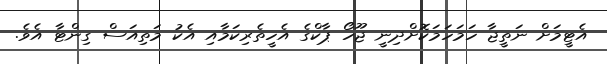
އެޓީމަށް ނަތީޖާ ހަމަހަމަކޮށްދިނީ ޖޫހޯ ޕާކްގެ އެހީތެރިކަމާއި އެކު މަތިއަސް ގިންޓާ އެވެ.